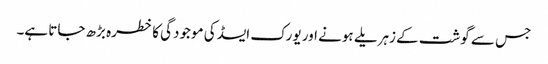
جس سے گوشت کے زہریلے ہونے اور یورک ایسڈ کی موجودگی کا خطرہ بڑھ جاتا ہے۔